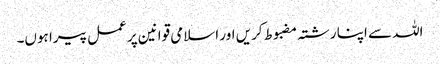
اللہ سے اپنا رشتہ مضبوط کریں اور اسلامی قوانین پر عمل پیرا ہوں۔